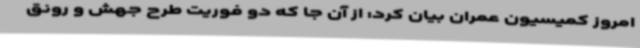
امروز کمیسیون عمران بیان کرد: از آن جا که دو فوریت طرح جهش و رونق